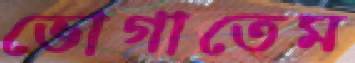
ভোগাতেম